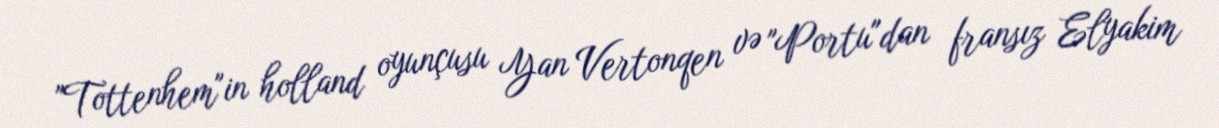
"Tottenhem"in holland oyunçusu Yan Vertonqen və "Portu"dan fransız Elyakim